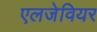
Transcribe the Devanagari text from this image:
एलजेवियर